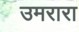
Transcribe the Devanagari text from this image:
उमरारा